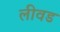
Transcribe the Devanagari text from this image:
लीवड